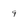
Character: 9